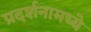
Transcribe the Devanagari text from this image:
प्रदर्शनामध्ये